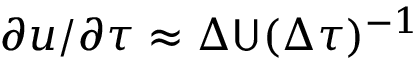
{ \partial \boldsymbol { u } } / { \partial \boldsymbol { \tau } } \approx \Delta \mathsf { U } ( \Delta \boldsymbol { \tau } ) ^ { - 1 }